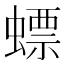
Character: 螵